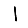
Digit: 1